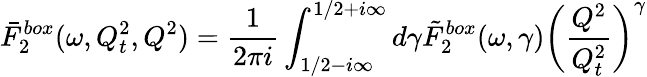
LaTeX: \bar{F}_{2}^{box}(\omega,Q_{t}^{2},Q^{2})={\frac{1}{2\pi i}}\int_{1/2-i\infty}^{1/2+i\infty}d\gamma\tilde{F}_{2}^{box}(\omega,\gamma)\left(\frac{Q^{2}}{Q_{t}^{2}}\right)^{\gamma}